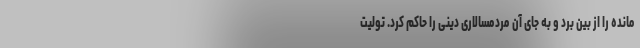
مانده را از بین برد و به جای آن مردمسالاری دینی را حاکم کرد. تولیت